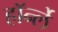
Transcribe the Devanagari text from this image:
हॉर्न्ले